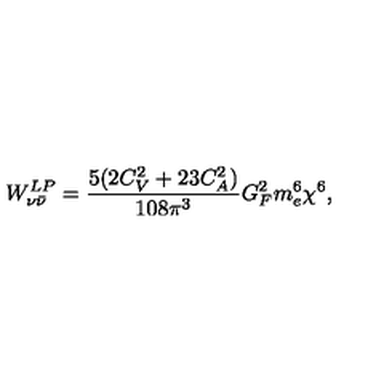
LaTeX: { W } _ { \nu { \bar { \nu } } } ^ { L P } = \frac { 5 ( 2 C _ { V } ^ { 2 } + 2 3 C _ { A } ^ { 2 } ) } { 1 0 8 \pi ^ { 3 } } G _ { F } ^ { 2 } m _ { e } ^ { 6 } \chi ^ { 6 } ,